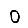
Digit: 0